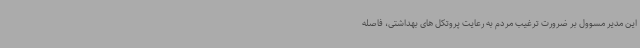
این مدیر مسوول بر ضرورت ترغیب مردم به رعایت پروتکل های بهداشتی، فاصله